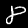
Digit: 8